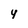
Character: 4